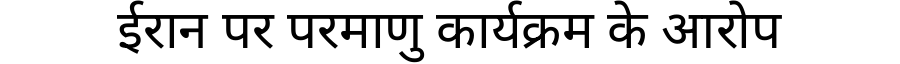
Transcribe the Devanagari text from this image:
ईरान पर परमाणु कार्यक्रम के आरोप